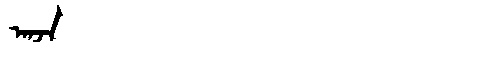
Manchu: ᠠᠨᠵᠠ
Romanization: ANJA